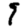
Digit: 9